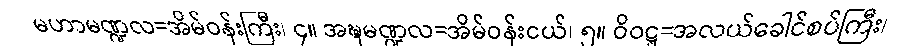
မဟာမဏ္ဍလ=အိမ်ဝန်းကြီး၊ ၄။ အဍ္ဎမဏ္ဍလ=အိမ်ဝန်းငယ်၊ ၅။ ဝိဝဋ္ဋ=အလယ်ခေါင်စပ်ကြီး၊